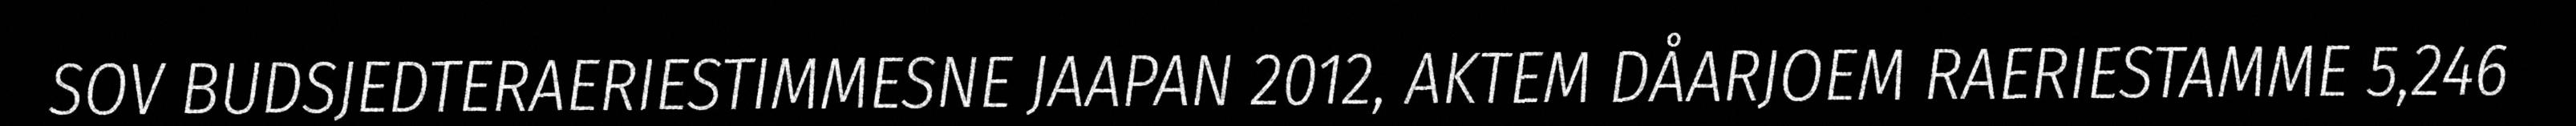
SOV BUDSJEDTERAERIESTIMMESNE JAAPAN 2012, AKTEM DÅARJOEM RAERIESTAMME 5,246